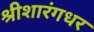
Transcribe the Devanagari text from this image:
श्रीशारंगधर